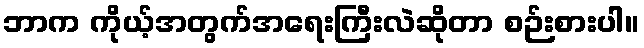
ဘာက ကိုယ့်အတွက်အရေးကြီးလဲဆိုတာ စဉ်းစားပါ။